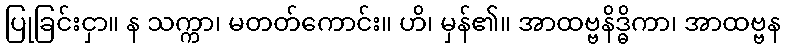
ပြုခြင်းငှာ။ န သက္ကာ၊ မတတ်ကောင်း။ ဟိ၊ မှန်၏။ အာထဗ္ဗနိဒ္ဓိကာ၊ အာထဗ္ဗန